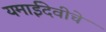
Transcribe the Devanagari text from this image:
यमाईदेवीचे